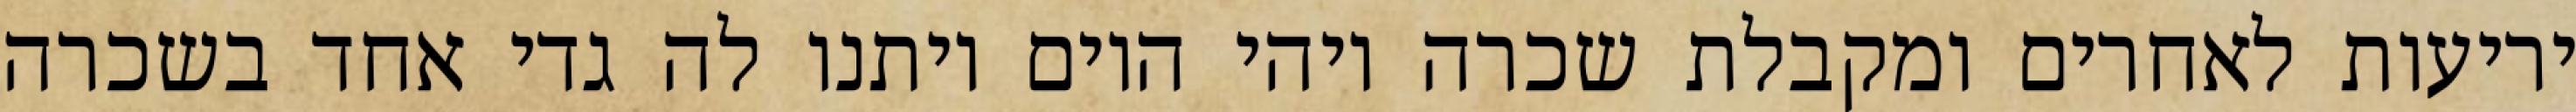
יריעות לאחרים ומקבלת שכרה ויהי היום ויתנו לה גדי אחד בשכרה